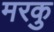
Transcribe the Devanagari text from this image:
मरकु